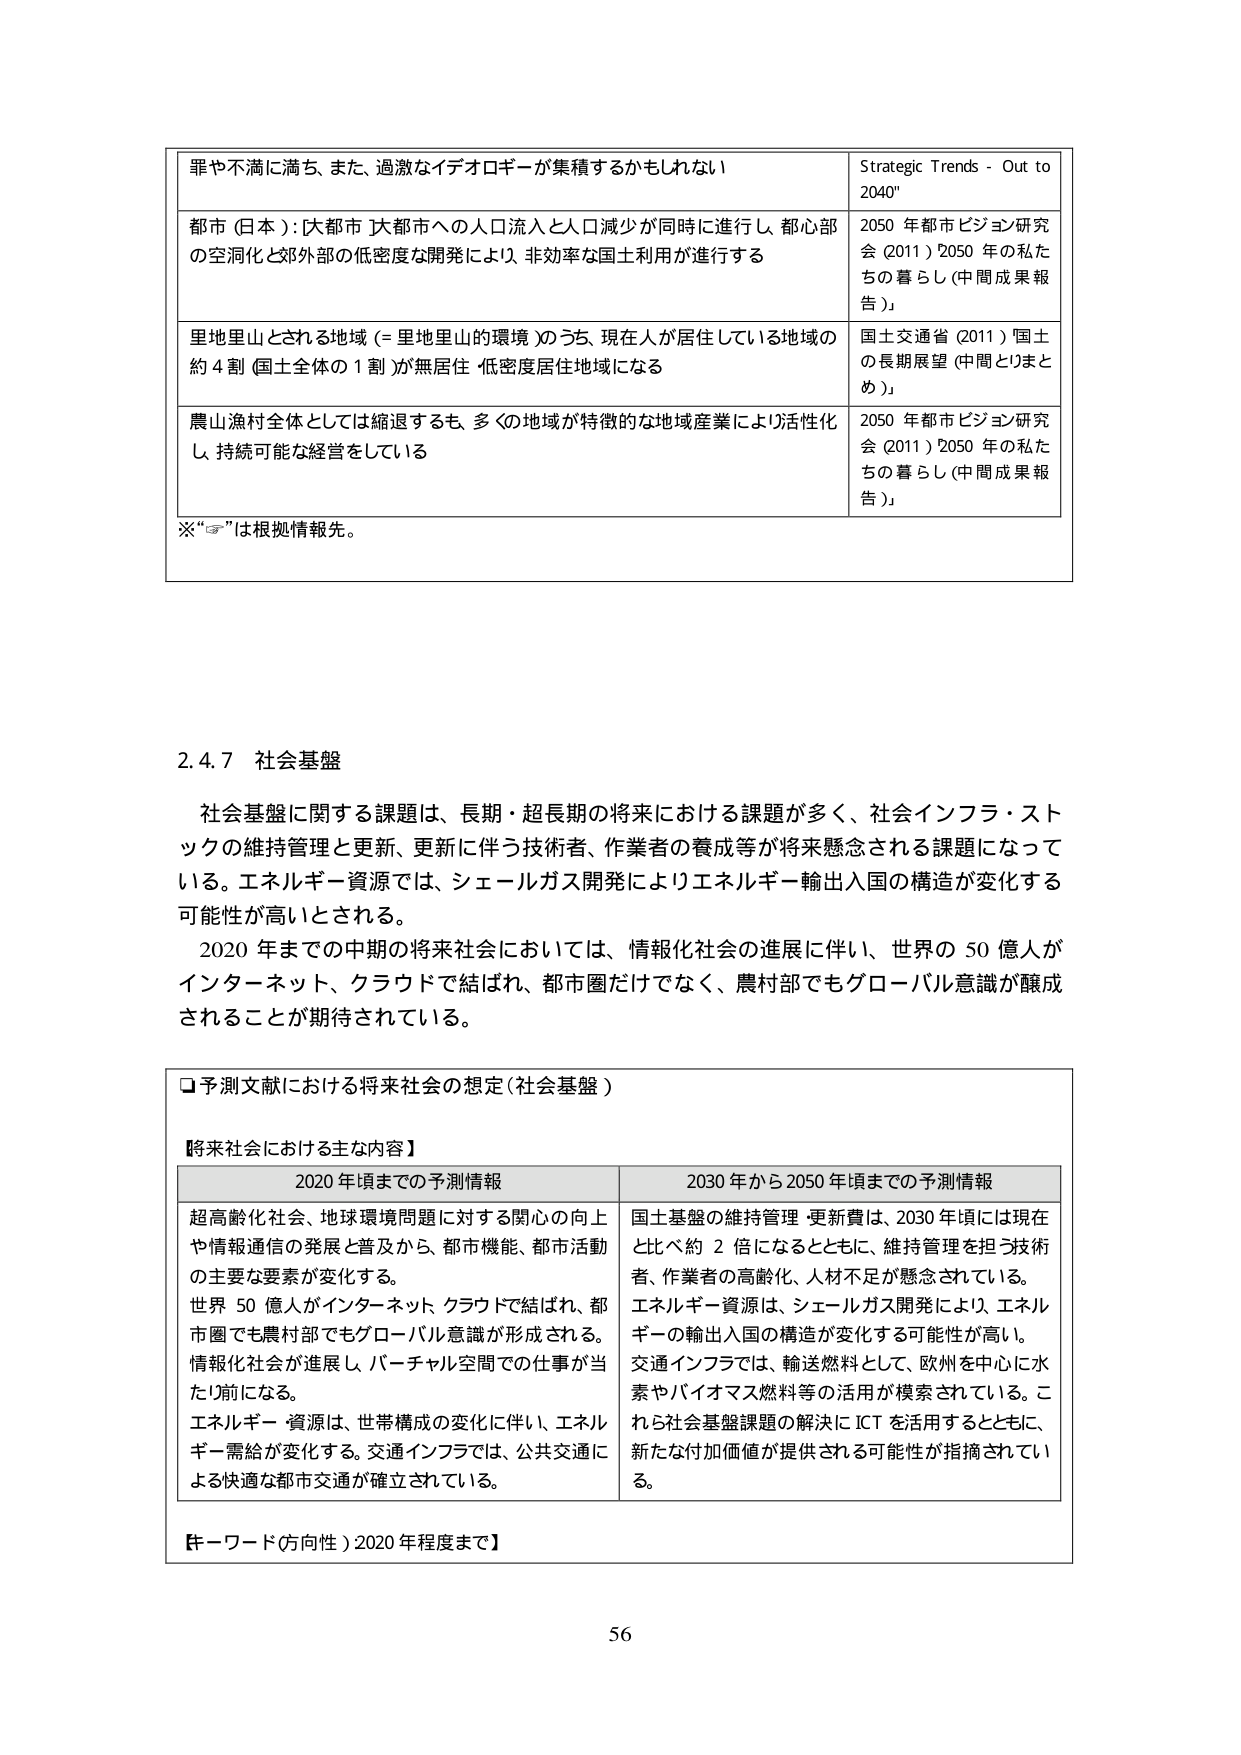
罪や不満に満ち、また、過激なイデオロギーが集積するかもしれない
Strategic Trends - Out to 2040"

都市（日本）：大都市・大都市への人口流入と人口減少が同時進行し、都心部の空洞化と郊外部の低密度な開発により、非効率な国土利用が進行する
2050 年都市ビジョン研究会（2011）2050 年の私たちの暮らし（中間成果報告）」

里地里山とされる地域（＝里地里山の環境）のうち、現在人が居住している地域の約 4 割（国土全体の 1 割）が無居住・低密度居住地域になる
国土交通省（2011）国土の長期展望（中間とりまとめ）」

農山漁村全体としては縮退するも、多くの地域が特徴的な地域産業により活性化し、持続可能な経営をしている
2050 年都市ビジョン研究会（2011）2050 年の私たちの暮らし（中間成果報告）」

※“”は根拠情報先。

2.4.7 社会基盤

社会基盤に関する課題は、長期・超長期の将来における課題が多く、社会インフラ・ストックの維持管理と更新、更新に伴う技術者、作業者の養成等が将来懸念される課題になっている。エネルギー資源では、シェールガス開発によりエネルギー輸出入国の構造が変化する可能性が高いとされる。
2020 年までの中期の将来社会においては、情報化社会の進展に伴い、世界の 50 億人がインターネット、クラウドで結ばれ、都市圏だけでなく、農村部でもグローバル意識が醸成されることが期待されている。

□予測文献における将来社会の想定（社会基盤）

【将来社会における主な内容】
2020 年頃までの予測情報
超高齢化社会、地球環境問題に対する関心の向上や情報通信の発展と普及から、都市機能、都市活動の主要な要素が変化する。
世界 50 億人がインターネット、クラウドで結ばれ、都市圏でも農村部でもグローバル意識が形成される。
情報化社会が進展し、バーチャル空間での仕事が当たり前になる。
エネルギー・資源は、世帯構成の変化に伴い、エネルギー需給が変化する。交通インフラでは、公共交通による快適な都市交通が確立されている。

2030 年から 2050 年頃までの予測情報
国土基盤の維持管理・更新費は、2030 年頃には現在と比べ約 2 倍になるとともに、維持管理を担う技術者、作業者の高齢化、人材不足が懸念されている。
エネルギー資源は、シェールガス開発により、エネルギーの輸出入国の構造が変化する可能性が高い。
交通インフラでは、輸送燃料として、欧州を中心に水素やバイオマス燃料等の活用が模索されている。これら社会基盤課題の解決に ICT を活用するとともに、新たな付加価値が提供される可能性が指摘されている。

【キーワード（方向性）2020 年程度まで】

56